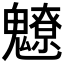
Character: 𩴤